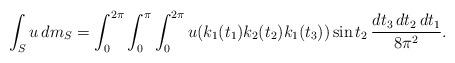
LaTeX: \begin{align*}\int_Su\,dm_S=\int_0^{2\pi}\int_0^{\pi}\int_0^{2\pi} u(k_1(t_1)k_2(t_2)k_1(t_3))\sin t_2\,\frac{dt_3\,dt_2\,dt_1}{8\pi^2}.\end{align*}